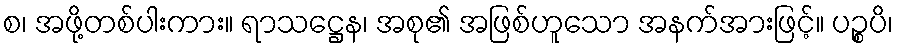
စ၊ အဖို့တစ်ပါးကား။ ရာသဋ္ဌေန၊ အစု၏ အဖြစ်ဟူသော အနက်အားဖြင့်။ ပဉ္စပိ၊